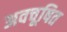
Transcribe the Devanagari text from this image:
अवचूषित